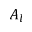
A _ { l }